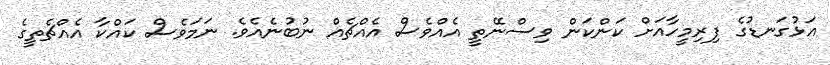
އަޅުގަނޑުގެ ފިރިމީހާއަށް ކަންކަން ވިސްނޭތީ އެއްވެސް އެއްޗެއް ނުބުނެއެވެ. ނަމަވެސް ކައްކާ އެއްޗެތީގެ